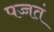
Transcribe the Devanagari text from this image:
पच्चतं